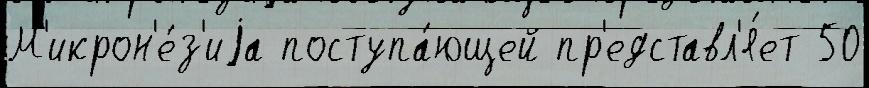
М'икрон'е́з'иjа поступа́ющей пр'едставл'я́ет 50